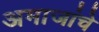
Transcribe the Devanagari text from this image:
अमाजांचे